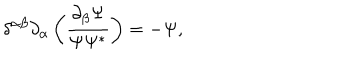
LaTeX: \delta ^ { \alpha \beta } \partial _ { \alpha } \left( \frac { \partial _ { \beta } \Psi } { \Psi \Psi ^ { * } } \right) = - \Psi ,